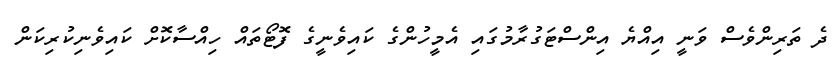
ދެ ތަރިންވެސް ވަނީ އިއްޔެ އިންސްޓަގުރާމުގައި އެމީހުންގެ ކައިވެނީގެ ފޮޓޯތައް ހިއްސާކޮށް ކައިވެނިކުރިކަން